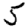
Digit: 5